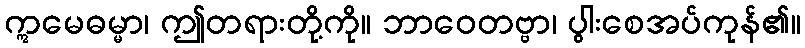
ဣမေဓမ္မာ၊ ဤတရားတို့ကို။ ဘာဝေတဗ္ဗာ၊ ပွါးစေအပ်ကုန်၏။